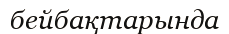
бейбақтарында